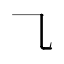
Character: ㇈